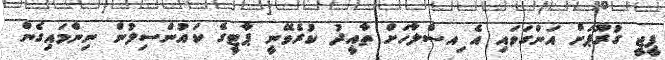
ޕީޖީ ގުރޫޕަށް އަންގަވައި އެ ިއސްލާހަށް ތާއީދު ކުރެވޭނީ ޕާޓީގެ ކައުންސިލުން ނިންމައިގެން